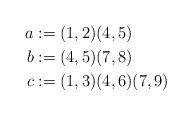
LaTeX: \begin{align*}a &:= (1,2)(4,5)\\b &:= (4,5)(7,8) \\c &:= (1,3)(4,6)(7,9)\end{align*}